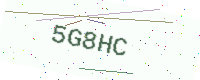
Text: 5G8HC